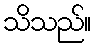
သိသည်။